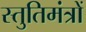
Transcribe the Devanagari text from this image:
स्तुतिमंत्रों